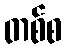
တစ်စ